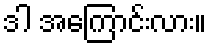
ဒါ အကြောင်းလား။